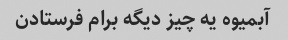
آبمیوه یه چیز دیگه برام فرستادن